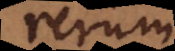
rerum